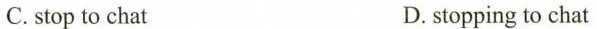
C. stop to chat D. stopping to chat